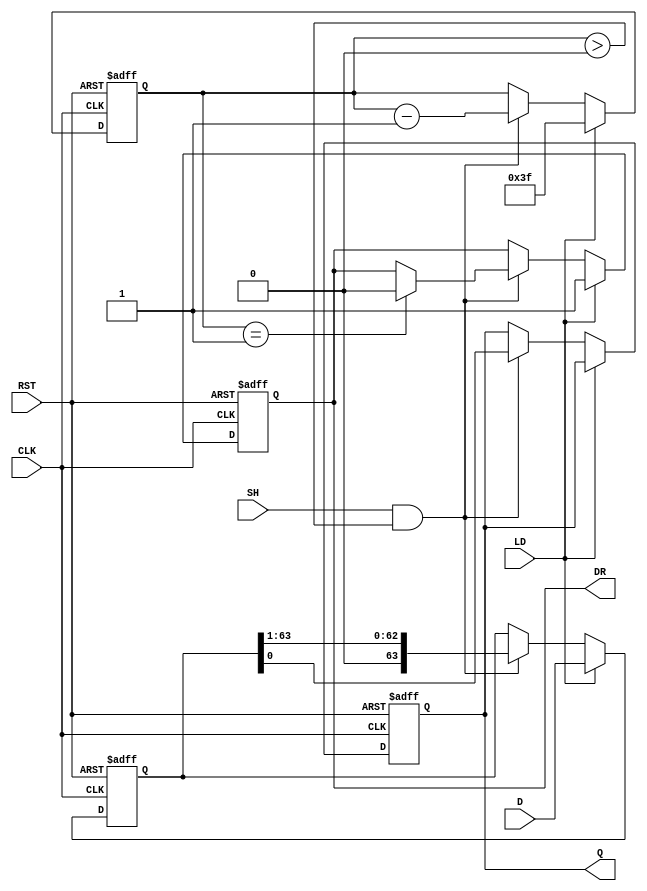
module PISO_Register (
    input wire [63:0] D,       // 64-bit Data Input
    input wire LD,             // Load Control Signal
    input wire SH,             // Shift Control Signal
    input wire CLK,            // Clock Signal
    input wire RST,            // Reset Signal
    output reg Q,              // Serial Output
    output reg DR              // Data Ready Output
);

    reg [63:0] shift_reg;      // Internal shift register
    reg [5:0] bit_count;       // Counter for bits shifted out

    always @(posedge CLK or posedge RST) begin
        if (RST) begin
            shift_reg <= 64'b0; // Clear register on reset
            Q <= 1'b0;          // Clear serial output
            DR <= 1'b0;         // Clear data ready signal
            bit_count <= 6'b0;  // Reset bit counter
        end else begin
            if (LD) begin
                shift_reg <= D;  // Load data into shift register
                bit_count <= 6'd63; // Prepare to shift out 64 bits
                DR <= 1'b1;       // Data is ready to be shifted out
            end else if (SH && (bit_count > 0)) begin
                Q <= shift_reg[0]; // Shift out LSB
                shift_reg <= shift_reg >> 1; // Shift right
                bit_count <= bit_count - 1; // Decrement bit counter

                if (bit_count == 1) begin
                    DR <= 1'b0;    // Clear data ready signal after last bit
                end
            end
        end
    end

endmodule